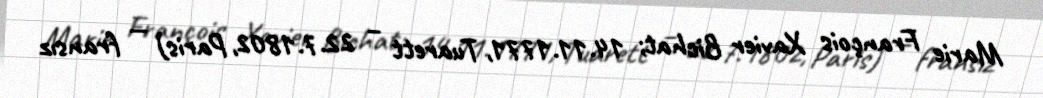
Marie François Xavier Bichat; 14.11.1771, Tuarett – 22.7.1802, Paris) — fransız